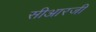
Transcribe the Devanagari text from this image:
सीआरजी